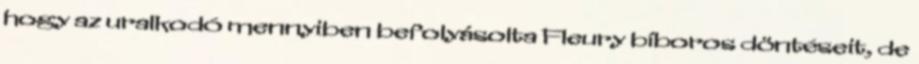
hogy az uralkodó mennyiben befolyásolta Fleury bíboros döntéseit, de